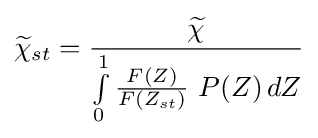
{{\widetilde {\chi }}_{st}}={{\widetilde {\chi }} \over \int \limits _{0}^{1}{\frac {F(Z)}{F(Z_{st})}}\ P(Z)\,dZ}